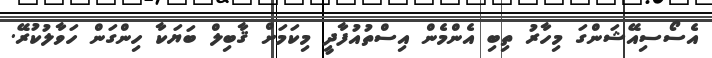
އެސޯސިއޭޝަންގަ މިހާރު ތިބި އެންމެން އިސްތުއުފާދީ މިކަމަށް ޤާބިލް ބަޔަކާ ހިންގަން ހަވާލުކުރޭ.